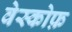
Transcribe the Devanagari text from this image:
वेस्कोफ़